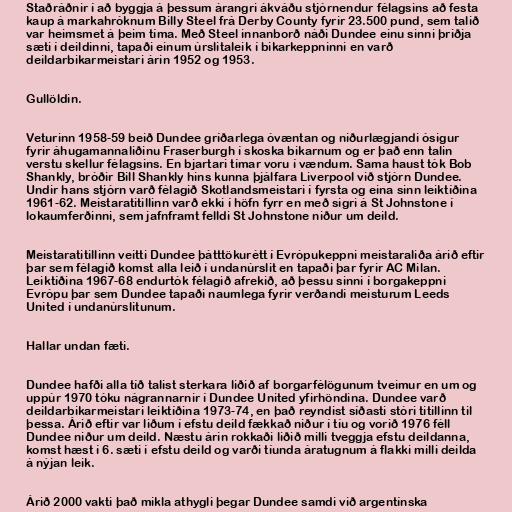
Staðráðnir í að byggja á þessum árangri ákváðu stjórnendur félagsins að festa
kaup á markahróknum Billy Steel frá Derby County fyrir 23.500 pund, sem talið
var heimsmet á þeim tíma. Með Steel innanborð náði Dundee einu sinni þriðja
sæti í deildinni, tapaði einum úrslitaleik í bikarkeppninni en varð
deildarbikarmeistari árin 1952 og 1953.

Gullöldin.

Veturinn 1958-59 beið Dundee gríðarlega óvæntan og niðurlægjandi ósigur
fyrir áhugamannaliðinu Fraserburgh í skoska bikarnum og er það enn talin
verstu skellur félagsins. En bjartari tímar voru í vændum. Sama haust tók Bob
Shankly, bróðir Bill Shankly hins kunna þjálfara Liverpool við stjórn Dundee.
Undir hans stjórn varð félagið Skotlandsmeistari í fyrsta og eina sinn leiktíðina
1961-62. Meistaratitillinn varð ekki í höfn fyrr en með sigri á St Johnstone í
lokaumferðinni, sem jafnframt felldi St Johnstone niður um deild.

Meistaratitillinn veitti Dundee þátttökurétt í Evrópukeppni meistaraliða árið eftir
þar sem félagið komst alla leið í undanúrslit en tapaði þar fyrir AC Milan.
Leiktíðina 1967-68 endurtók félagið afrekið, að þessu sinni í borgakeppni
Evrópu þar sem Dundee tapaði naumlega fyrir verðandi meisturum Leeds
United í undanúrslitunum.

Hallar undan fæti.

Dundee hafði alla tíð talist sterkara liðið af borgarfélögunum tveimur en um og
uppúr 1970 tóku nágrannarnir í Dundee United yfirhöndina. Dundee varð
deildarbikarmeistari leiktíðina 1973-74, en það reyndist síðasti stóri titillinn til
þessa. Árið eftir var liðum í efstu deild fækkað niður í tíu og vorið 1976 féll
Dundee niður um deild. Næstu árin rokkaði liðið milli tveggja efstu deildanna,
komst hæst í 6. sæti í efstu deild og varði tíunda áratugnum á flakki milli deilda
á nýjan leik.

Árið 2000 vakti það mikla athygli þegar Dundee samdi við argentínska